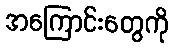
အကြောင်းတွေကို